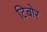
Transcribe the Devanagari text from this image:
टिबोर